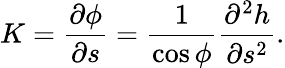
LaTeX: K=\frac{\partial\phi}{\partial s}=\frac{1}{\cos\phi}\frac{\partial^{2}h}{\partial s^{2}}.